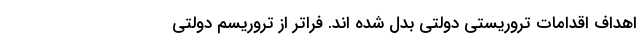
اهداف اقدامات تروریستی دولتی بدل شده اند. فراتر از تروریسم دولتی